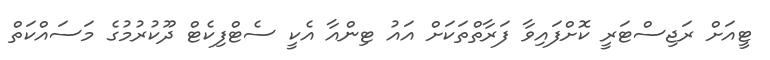
ޓީއަށް ރަޖިސްޓަރީ ކޮށްފައިވާ ފަރާތްތަކަށް އައު ޓިންއާ އެކީ ސެޓްފިކެޓް ދޫކުރުމުގެ މަސައްކަތް